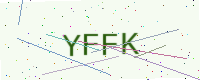
Text: YFFK